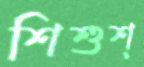
শিশুশ্